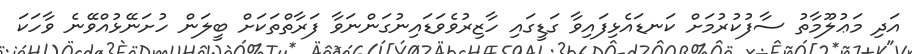
އަދި މަޢުުލޫމާތު ސާފުކުރުމަށް ކަނޑައެޅިފައިވާ ގަޑީގައި ހާޒިރުވެވަޑައިނުގަންނަވާ ފަރާތްތަކަށް ބީލަން ހުށަނޭޅުއްވޭނެ ވާހަކަ